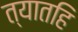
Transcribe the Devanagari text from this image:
त्यातहि